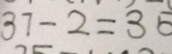
3 7 - 2 = 3 5